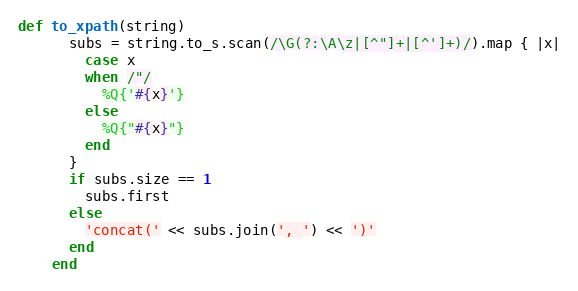
Language: Ruby
def to_xpath(string)
      subs = string.to_s.scan(/\G(?:\A\z|[^"]+|[^']+)/).map { |x|
        case x
        when /"/
          %Q{'#{x}'}
        else
          %Q{"#{x}"}
        end
      }
      if subs.size == 1
        subs.first
      else
        'concat(' << subs.join(', ') << ')'
      end
    end